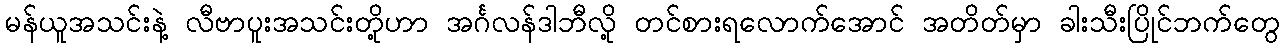
မန်ယူအသင်းနဲ့ လီဗာပူးအသင်းတို့ဟာ အင်္ဂလန်ဒါဘီလို့ တင်စားရလောက်အောင် အတိတ်မှာ ခါးသီးပြိုင်ဘက်တွေ